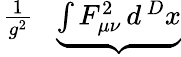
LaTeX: \begin{array}{rlr}{{\frac{1}{g^{2}}}\! \! \! \! \! \! \! }&{{}}&{\underbrace{\int F_{\mu\nu}^{2}\, d^{\, D}x}}\end{array}